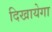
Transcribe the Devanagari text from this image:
दिखायेगा